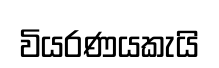
වියරණයකැයි